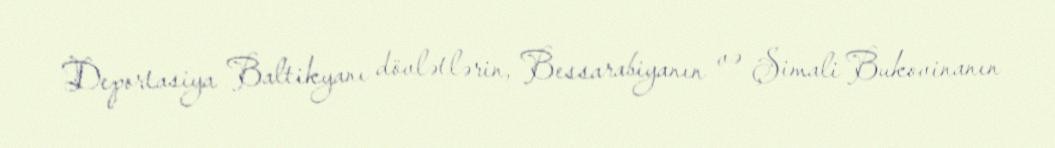
Deportasiya Baltikyanı dövlətlərin, Bessarabiyanın və Şimali Bukovinanın